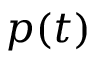
p ( t )